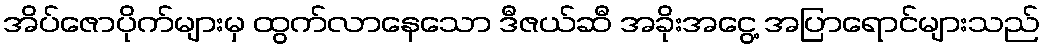
အိပ်ဇောပိုက်များမှ ထွက်လာနေသော ဒီဇယ်ဆီ အခိုးအငွေ့ အပြာရောင်များသည်